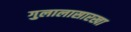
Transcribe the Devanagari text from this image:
गुलालासारखा